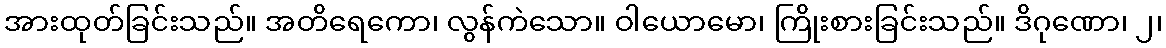
အားထုတ်ခြင်းသည်။ အတိရေကော၊ လွန်ကဲသော။ ဝါယောမော၊ ကြိုးစားခြင်းသည်။ ဒိဂုဏော၊ ၂၊